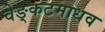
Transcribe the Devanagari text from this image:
वेङ्कटमाधव